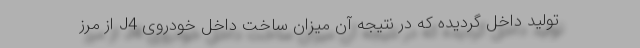
تولید داخل گردیده که در نتیجه آن میزان ساخت داخل خودروی J4 از مرز